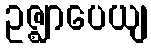
ဥဇ္ဈာပေယျ